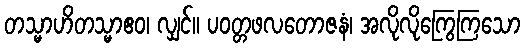
တသ္မာဟိတသ္မာဧဝ၊ လျှင်။ ပဝတ္တဖလတောဇနံ၊ အလိုလိုကြွေကြသော